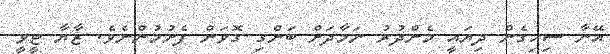
އޭނާ ސިހިގެން ދިޔައީ މެންދުރު ނަމާދަށް ބަންގި ގޮވަން ފެށުމުންނެވެ. ޒާޔާ ޓީވީ